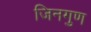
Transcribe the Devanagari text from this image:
जिनगुण